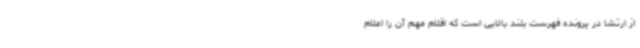
از ارتشا در پرونده فهرست بلند بالایی است که اقلام مهم آن را اعلام